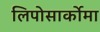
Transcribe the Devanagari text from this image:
लिपोसार्कोमा